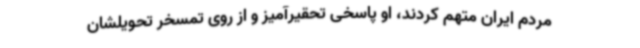
مردم ایران متهم کردند، او پاسخی تحقیرآمیز و از روی تمسخر تحویلشان